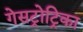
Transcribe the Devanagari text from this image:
गेसट्रोट्रिका